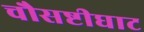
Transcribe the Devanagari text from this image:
चौसष्टीघाट